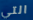
التي